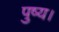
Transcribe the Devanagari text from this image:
पुष्य।